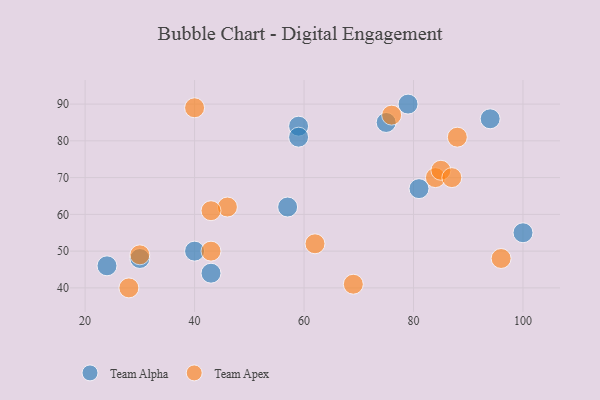
{"axis": {"x": "GDP", "y": "Life Expectancy"}, "legend": ["Team Alpha", "Team Apex"], "data": [{"x": "59", "y": 84, "type": "Team Alpha"}, {"x": "30", "y": 48, "type": "Team Alpha"}, {"x": "43", "y": 44, "type": "Team Alpha"}, {"x": "79", "y": 90, "type": "Team Alpha"}, {"x": "81", "y": 67, "type": "Team Alpha"}, {"x": "75", "y": 85, "type": "Team Alpha"}, {"x": "24", "y": 46, "type": "Team Alpha"}, {"x": "100", "y": 55, "type": "Team Alpha"}, {"x": "59", "y": 81, "type": "Team Alpha"}, {"x": "40", "y": 50, "type": "Team Alpha"}, {"x": "94", "y": 86, "type": "Team Alpha"}, {"x": "57", "y": 62, "type": "Team Alpha"}, {"x": "62", "y": 52, "type": "Team Apex"}, {"x": "69", "y": 41, "type": "Team Apex"}, {"x": "76", "y": 87, "type": "Team Apex"}, {"x": "84", "y": 70, "type": "Team Apex"}, {"x": "88", "y": 81, "type": "Team Apex"}, {"x": "30", "y": 49, "type": "Team Apex"}, {"x": "46", "y": 62, "type": "Team Apex"}, {"x": "43", "y": 50, "type": "Team Apex"}, {"x": "43", "y": 61, "type": "Team Apex"}, {"x": "28", "y": 40, "type": "Team Apex"}, {"x": "85", "y": 72, "type": "Team Apex"}, {"x": "87", "y": 70, "type": "Team Apex"}, {"x": "40", "y": 89, "type": "Team Apex"}, {"x": "96", "y": 48, "type": "Team Apex"}]}